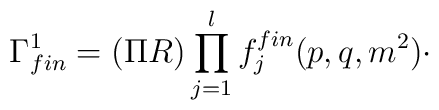
\Gamma _{fin}^{1}=(\Pi R)\prod_{j=1}^{l}f_{j}^{fin}(p,q,m^{2})\cdot